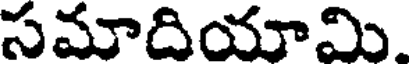
సమాదియామి.